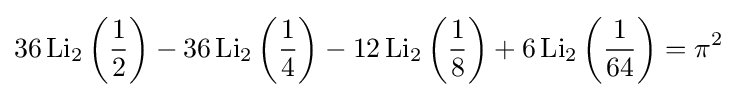
36\operatorname {Li} _{2}\left({\frac {1}{2}}\right)-36\operatorname {Li} _{2}\left({\frac {1}{4}}\right)-12\operatorname {Li} _{2}\left({\frac {1}{8}}\right)+6\operatorname {Li} _{2}\left({\frac {1}{64}}\right)={\pi }^{2}